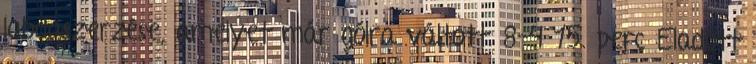
labdaszerzése, amelyet már gólra váltott. 8–4 15. perc Eladott